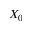
X _ { 0 }